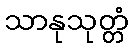
သာနုသုတ္တံ